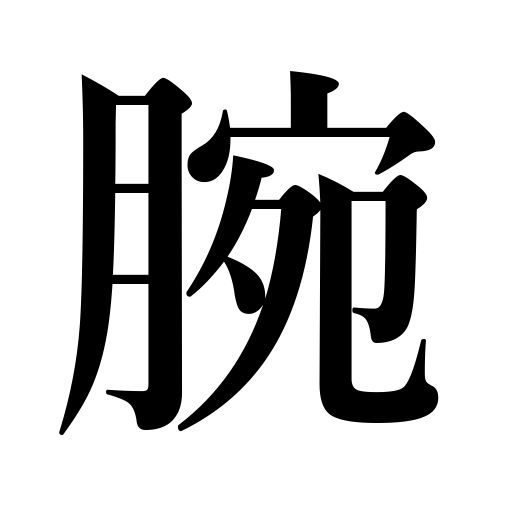
Meanings: talent,ability,arm